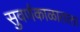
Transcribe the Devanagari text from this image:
सुवर्णकाळातला